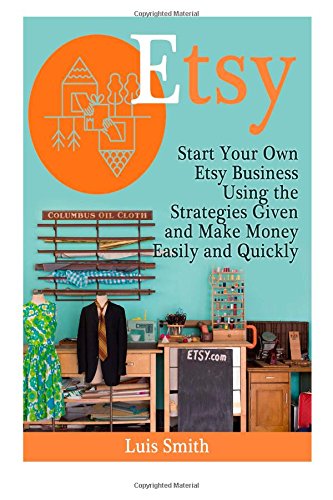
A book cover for Etsy: Start Your Own Etsy Business Using the Strategies Given and Make Money Easily and Quickly (Etsy Book, etsy selling success, etsy business for beginners); Luis Smith; Business & Money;